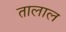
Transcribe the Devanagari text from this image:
तालाल